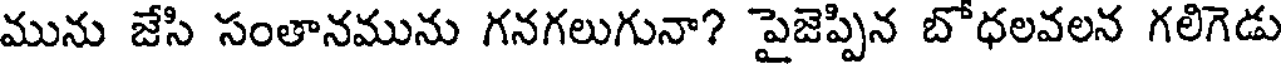
మును జేసి సంతానమును గనగలుగునా? పైజెప్పిన బోధలవలన గలిగెడు